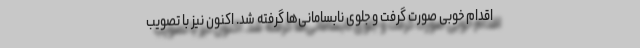
اقدام خوبی صورت گرفت و جلوی نابسامانی‌ها گرفته شد. اکنون نیز با تصویب